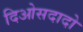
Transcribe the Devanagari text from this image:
दिओसदादो